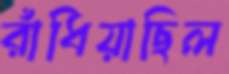
রাঁধিয়াছিল